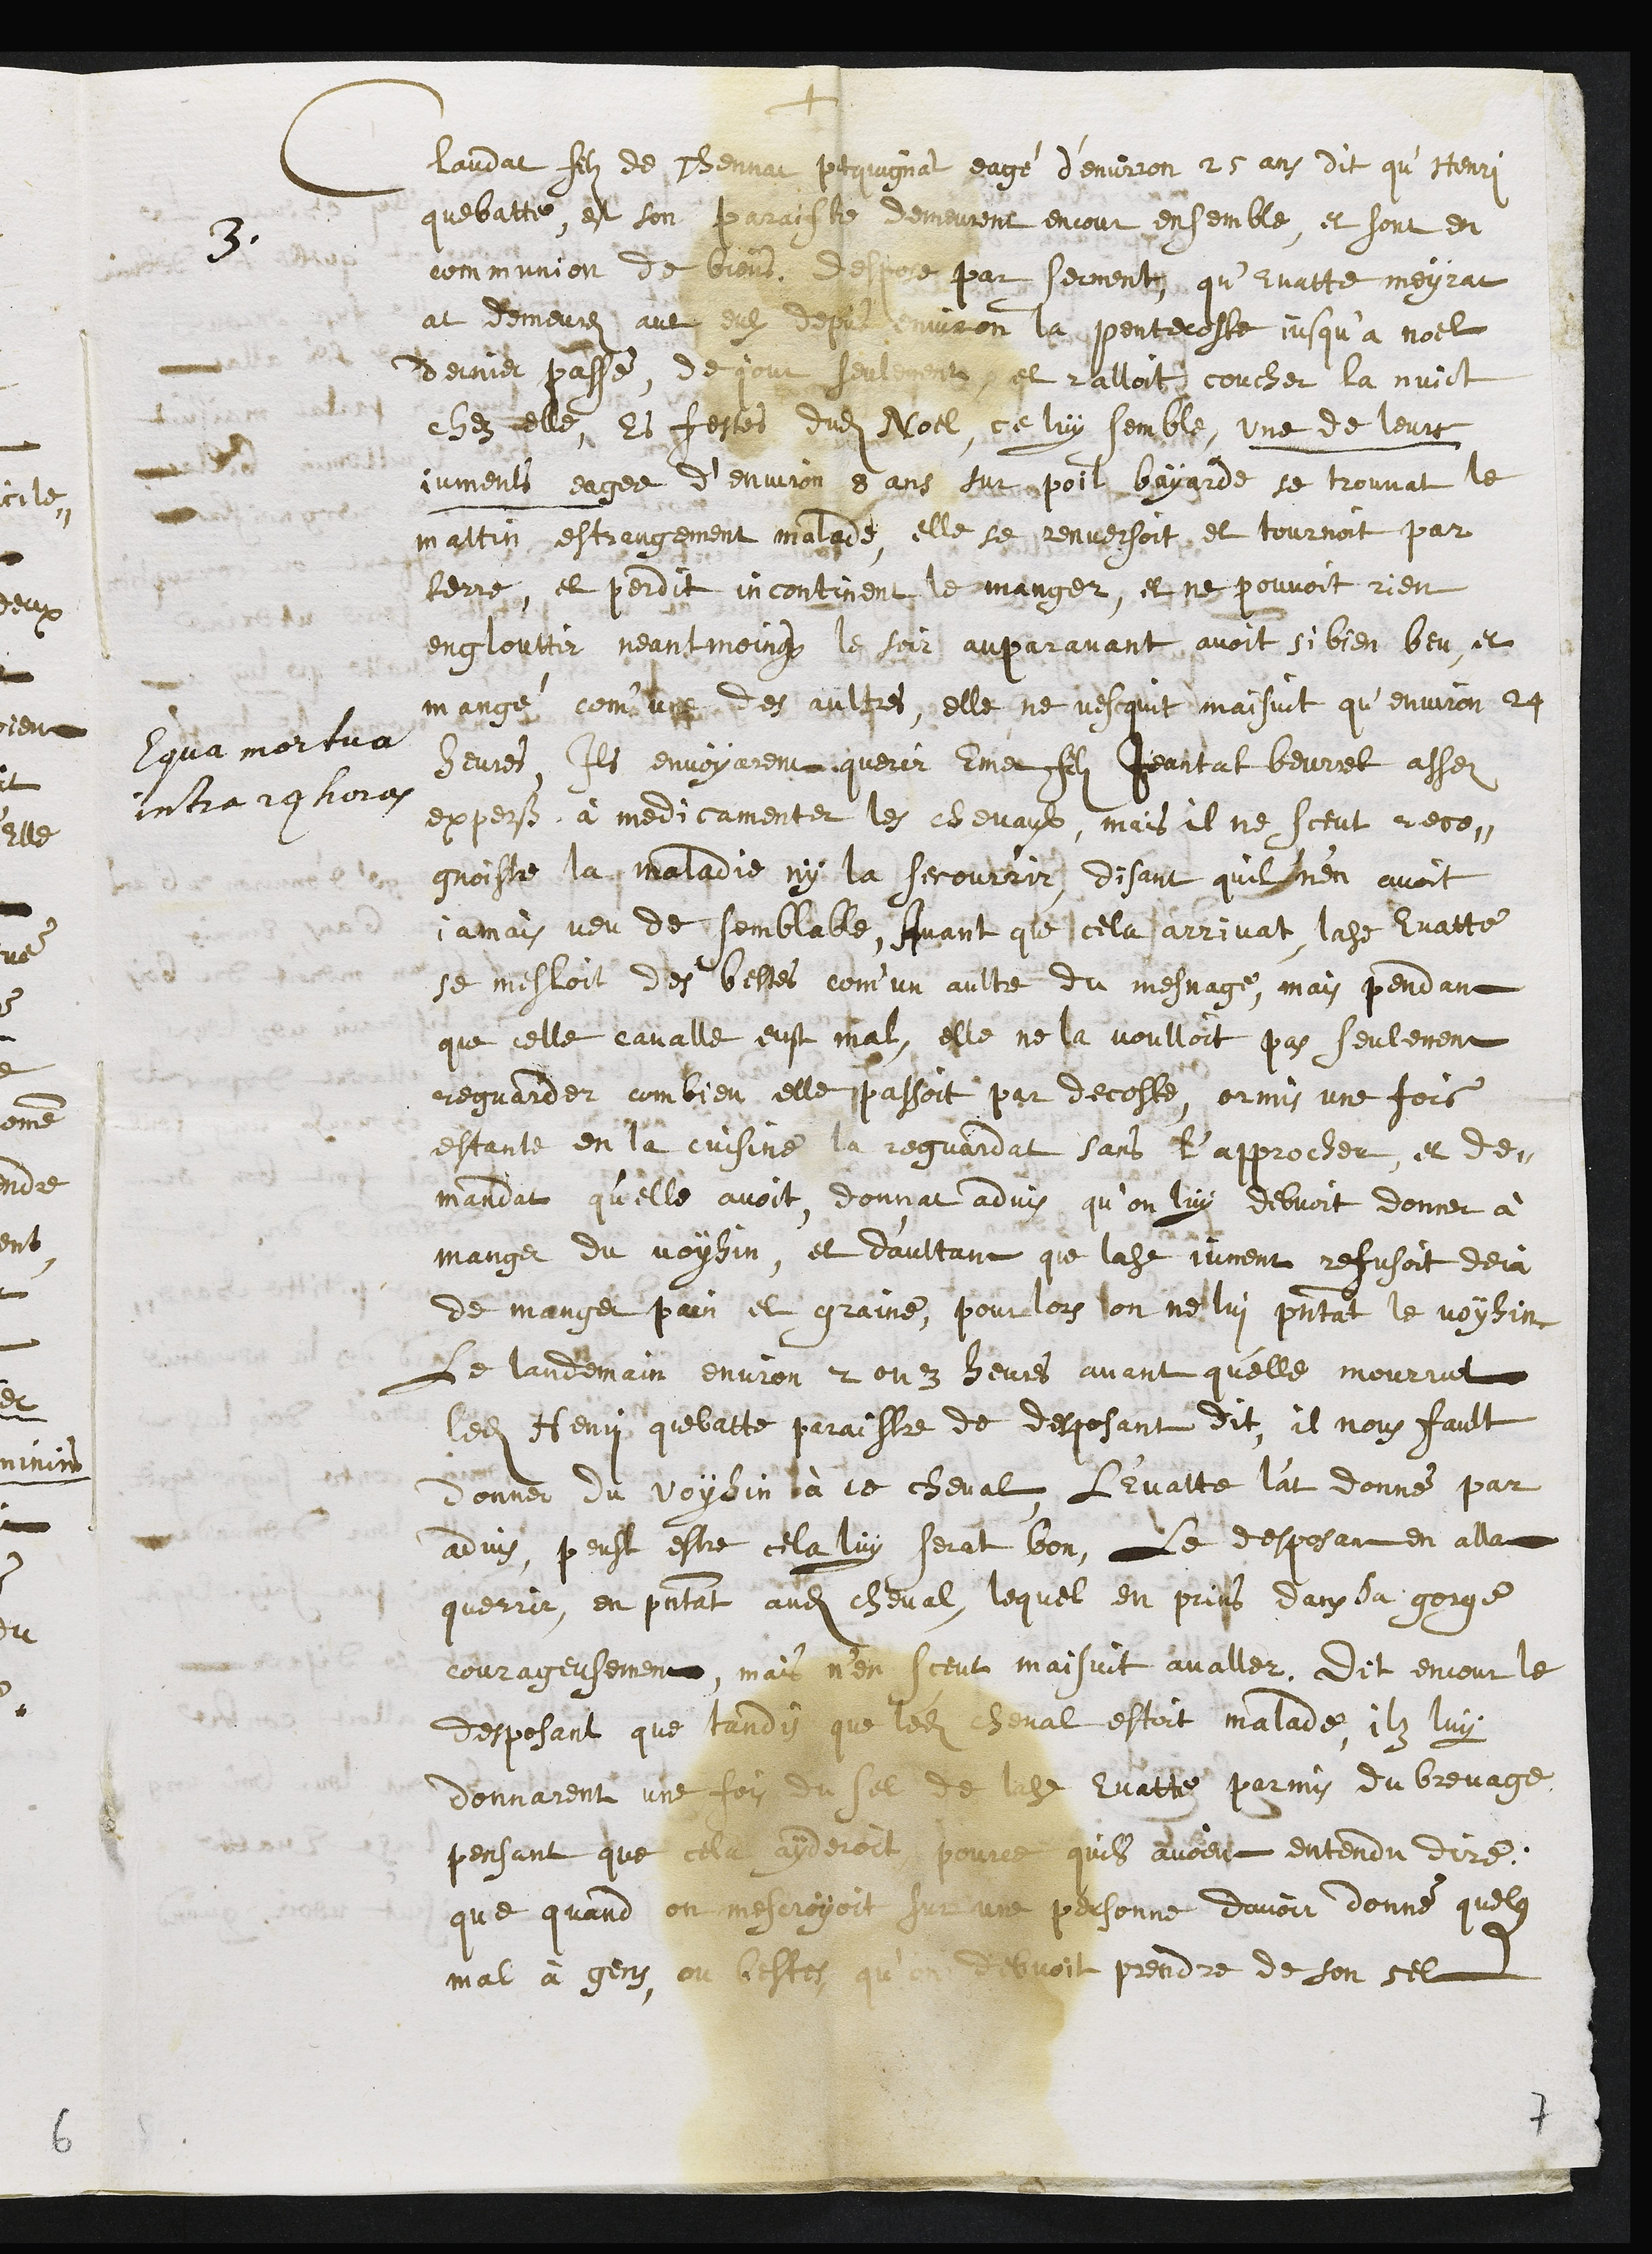
+
3
Equa mortua
intra 24 horas
Claudat filz de Thennat pequignat eagé d’environ 25 ans dit qu’Henry
quebatte est son paraistre demeurent encour ensemble, et sont en
communion de biens. despose par serment, qu’Evatte meyrat
at demeurez avec eulx depuis environ la pentecoste jusqu’a noel
dernier passé, de jour seulement, et ralloit coucher la nuict
chez elle, Es festes dudit Noel, ce luy semble, une de leurs
juments eagee d’environ 8 ans sur poil bayarde se trouvat le
mattin estrangement malade, elle se renversoit et tournoit par
terre, et perdit incontinent le manger, et ne pouvoit rien
englouttir neantmoings le soir auparavant avoit si bien beu, et
mangé com'un des aultres, elle ne vesquit maisuit qu’environ 24
heures Ils envoyarent querir Emer fils Jeantat beurret assez
experss à medicamenter les chevaux, mais il ne sceut reco¬
gnoistre la maladie ny la secourrir, disant quil nen avoit
jamais veu de semblable, Avant que cela arrivat, ladite Evatte
se mesloit des bestes com'un aultre du mesnage, mais pendant
que celle cavalle eust mal, elle ne la voulloit pas seulement
reguarder combien elle passoit par decoste, ormis une fois
estante en la cuisine la reguardat sans l’approcher, et de¬
mandat qu’elle avoit, donnat advis qu’on luy debvoit donner à
manger du voysin, et d’aultant que ladite jument refusoit deja
de manger pain et graine, pour lors on ne lui presentat le voysin.
Le landemain environ 2 ou 3 heurs avant qu'elle mourrut
ledit Henry quebatte paraistre de desposant dit, il nous fault
donner du voysin à ce cheval, L'Evatte l’at donné par
advis, peust estre cela luy serat bon, Le desposant en alla
querrir, en presentat audit cheval, lequel en prins dans sa gorge
courageusement, mais n’en sceut maisuit avaller. Dit encour le
desposant que tandis que ledit cheval estoit malade, ilz luy
donnarent une fois du sel de ladite Evatte parmis du brevage
pensant que cela ayderoit pource quils avoient entendu dire,
que quand on mescroyoit sur une personne davoir donné quelque
mal à gens, ou bestes qu’on debvoit prendre de son sel
7